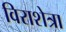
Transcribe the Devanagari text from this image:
विराशेत्रा